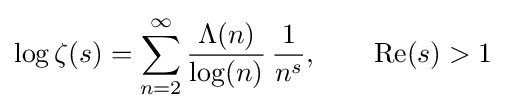
\log \zeta (s)=\sum _{n=2}^{\infty }{\frac {\Lambda (n)}{\log(n)}}\,{\frac {1}{n^{s}}},\qquad {\text{Re}}(s)>1